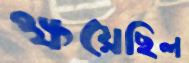
ক্ষয়েছিল